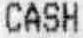
CASH